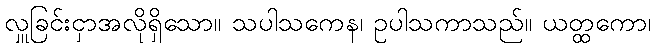
လှူခြင်းငှာအလိုရှိသော။ သပါသကေန၊ ဥပါသကာသည်။ ယတ္ထကော၊